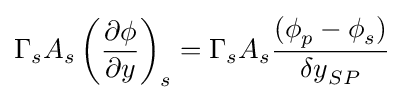
{{\Gamma {}}_{s}A_{s}\left({\frac {\partial {}\phi {}}{\partial {y}}}\right)}_{s}={\Gamma {}}_{s}A_{s}{\frac {({\phi {}}_{p}-{\phi {}}_{s})}{{\delta {}y}_{SP}}}